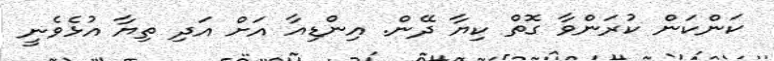
ކަންކަން ކުރަންވާ ގޮތް ކިޔާ ދޭން. އިންޑިއާ އަށް އަދި ތިޔާ އުޅެވެނީ